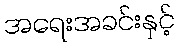
အရေးအခင်းနှင့်